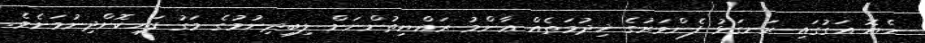
ހެޔޮ އަގުގައި ރަނގަޅު ފެންވަރުގެ ޚިދުމަތެއް ޢާންމު ރައްޔިތުންނަށް ލިބިދިނުމުގެ މަގު ފަހިކޮށްދިނުމަށެވެ.